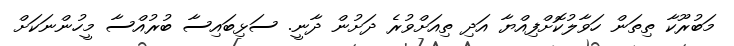
މަބުރޫކާ ތިތަން ހަވާލުކޮށްފިއްޔާ އަދި ތިއަށްވުރެ ދަށުން ދާނީ. ސަޅިބައިސާ ބުރުއްސާ މީހުންނަކަށް